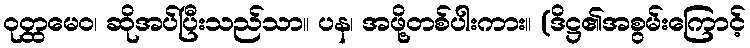
ဝုတ္ထမေဝ၊ ဆိုအပ်ပြီးသည်သာ။ ပန၊ အဖို့တစ်ပါးကား။ (ဒိဋ္ဌ၏အစွမ်းကြောင့်